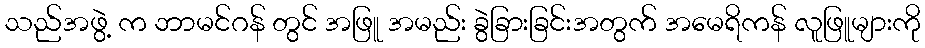
သည်အဖွဲ့ က ဘာမင်ဂန် တွင် အဖြူ အမည်း ခွဲခြားခြင်းအတွက် အမေရိကန် လူဖြူများကို